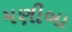
મણીબા